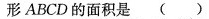
形ABCD的面积是 ()